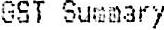
GST SUMMARY